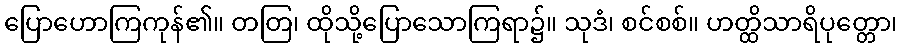
ပြောဟောကြကုန်၏။ တတြ၊ ထိုသို့ပြောသောကြရာ၌။ သုဒံ၊ စင်စစ်။ ဟတ္ထိသာရိပုတ္တော၊